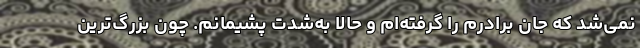
نمی‌شد که جان برادرم را گرفته‌ام و حالا به‌شدت پشیمانم. چون بزرگ‌ترین